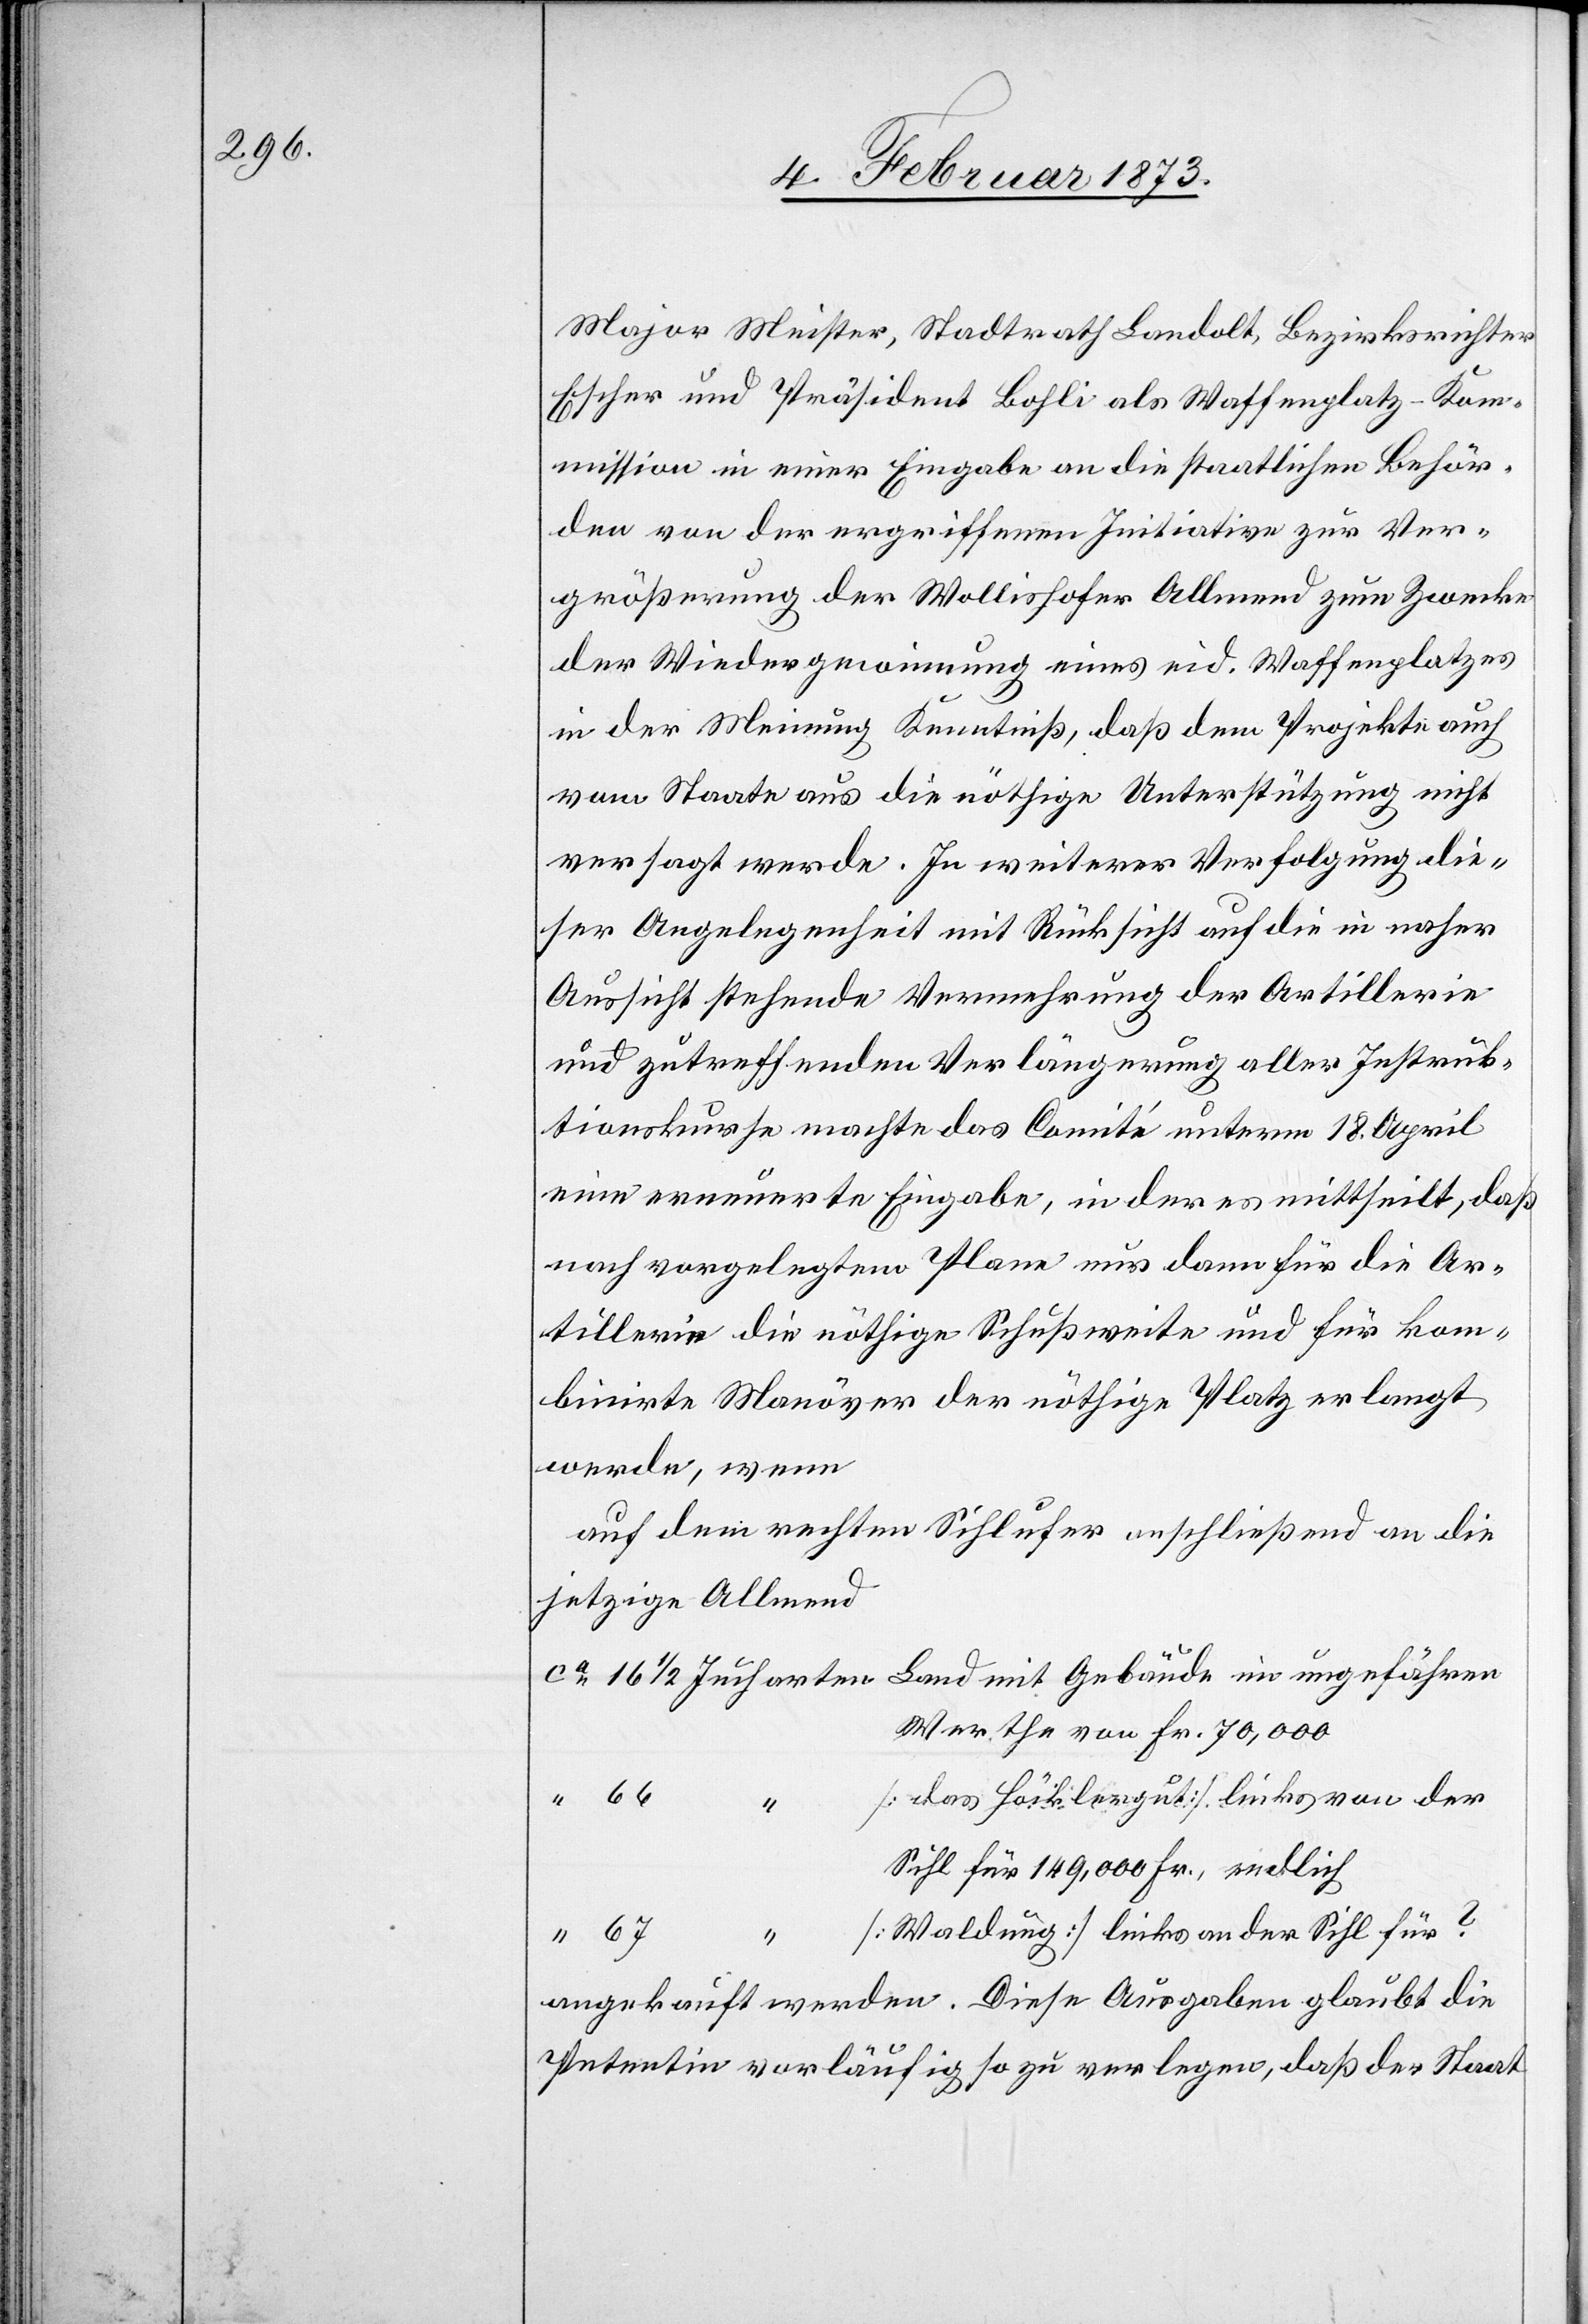
Major Meister, Stadtrath Landolt, Bezirksrichter
Escher und Präsident Bohli als Waffenplatz-Kom¬
mission in einer Eingabe an die staatlichen Behör¬
den von der ergriffenen Initiative zur Ver¬
größerung der Wollishofer Allmend zum Zwecke
der Wiedergewinnung eines eid. Waffenplatzes
in der Meinung Kenntniß, daß dem Projekte auch
vom Staate aus die nöthige Unterstützung nicht
dieser Angelegenheit mit Rücksicht auf die in naher
Aussicht stehende Vermehrung der Artillerie
und zutreffenden Verlängerung aller Instruk¬
tionskurse machte das Comité unterm 18. April
eine erneuerte Eingabe, in der es mittheilt, daß
nach vorgelegtem Plane nur dann für die Ar¬
tillerie die nöthige Schußweite und für kom¬
binirte Manöver der nöthige Platz erlangt
werde, wenn
auf dem rechten Sihlufer anschließend an die
jetzige Allmend
Ca. 16 1/2 Jucharten Land mit Gebäude im ungefähren
Werthe von Fr. 70,000
[das Höcklergut] links von der
Sihl für 149,000 Fr. endlich
“ 67 “ [Waldung] links an der Sihl für ?
angekauft werden. Diese Ausgaben glaubt die
Petentin vorläufig so zu verlegen, daß der Staat